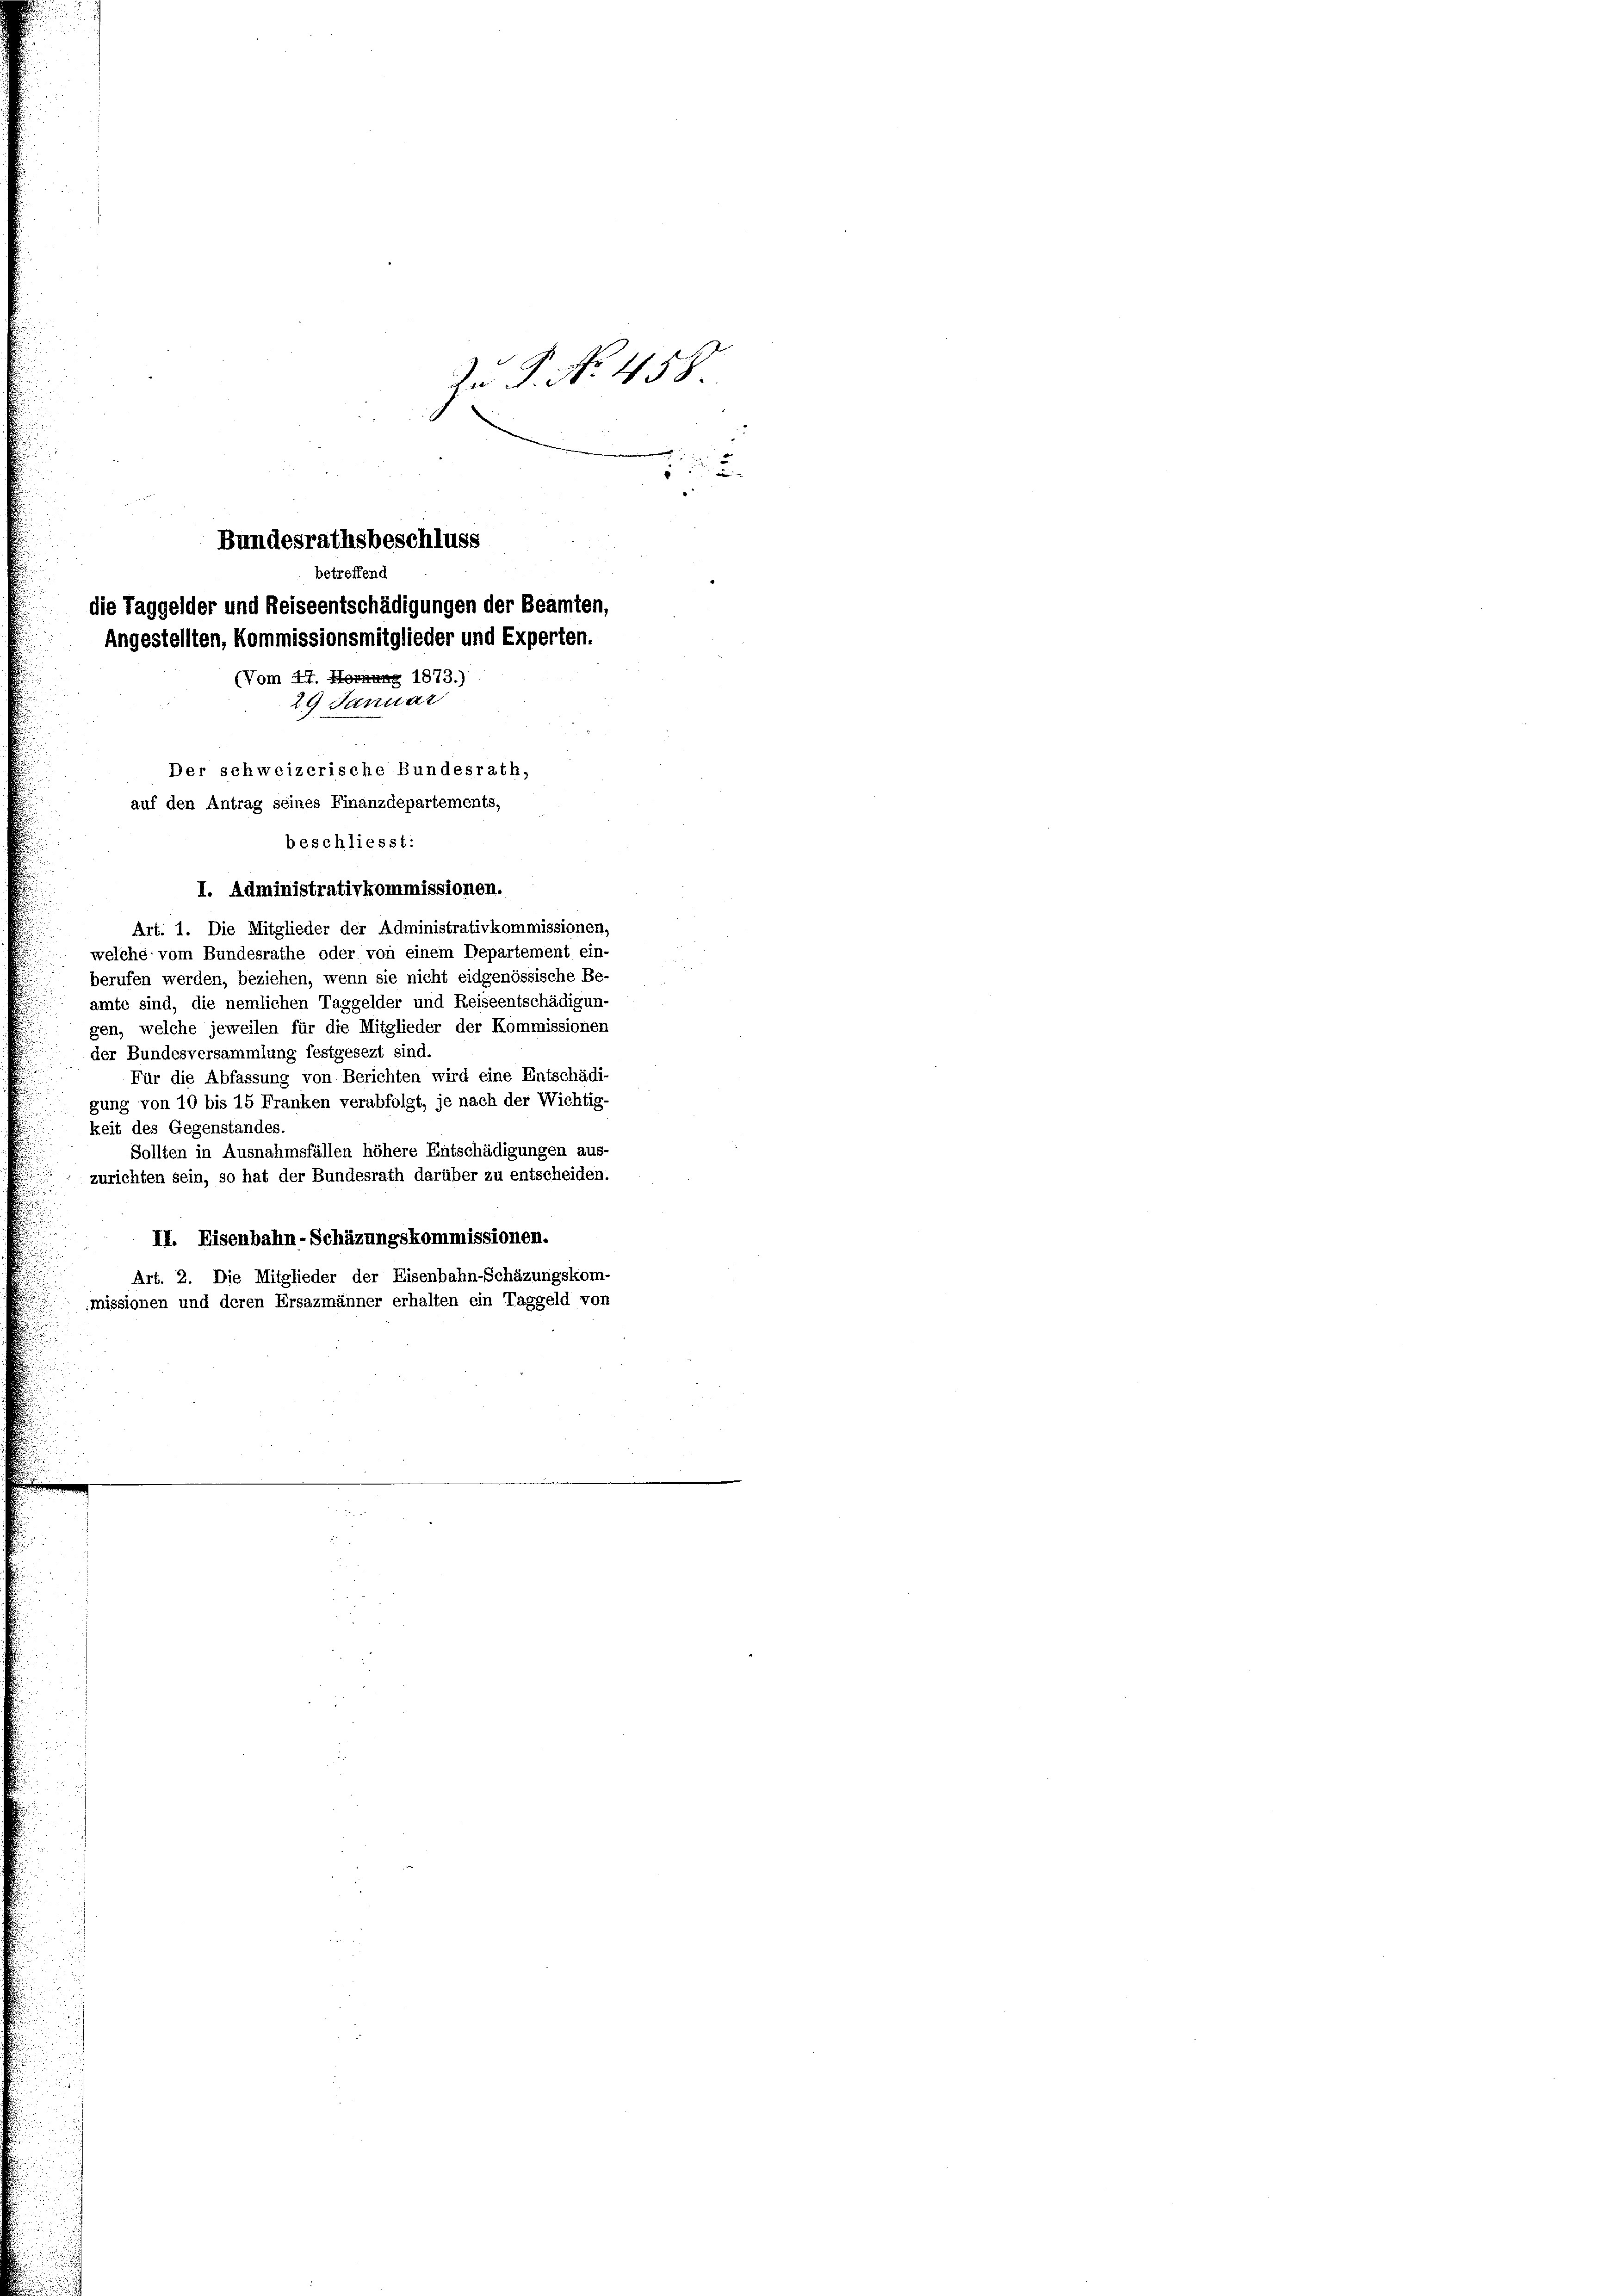
In P. No 458.
Bundesrathsbeschluss
betreffend
die Taggelder und Reiseentschädigungen der Beamten,
Angestellten, Kommissionsmitglieder und Experten.
(Vom 4. Hornung 1873.)
29 Januar
Der schweizerische Bundesrath,
auf den Antrag seines Finanzdepartements,
beschliesst:

I. Administrativkommissionen.
Art. 1. Die Mitglieder der Administrativkommissionen,
welche vom Bundesrathe oder von einem Departement ein-
berufen werden, beziehen, wenn sie nicht eidgenössische Be-
amte sind, die nemlichen Taggelder und Reiseentschädigun-
gen, welche jeweilen für die Mitglieder der Kommissionen
der Bundesversammlung festgesezt sind.
Für die Abfassung von Berichten wird eine Entschädi-
gung von 10 bis 15 Franken verabfolgt, je nach der Wichtig-
keit des Gegenstandes.
Sollten in Ausnahmsfällen höhere Entschädigungen aus-
zurichten sein, so hat der Bundesrath darüber zu entscheiden.
II. Eisenbahn-Schäzungskommissionen.
Art. 2. Die Mitglieder der Eisenbahn-Schäzungskom-
missionen und deren Ersazmänner erhalten ein Taggeld von